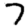
Digit: 7